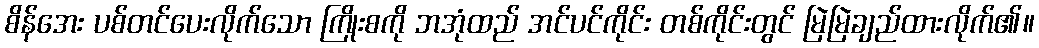
စိန်အေး ပစ်တင်ပေးလိုက်သော ကြိုးစကို ဘအုံထည် အင်ပင်ကိုင်း တစ်ကိုင်းတွင် မြဲမြဲချည်ထားလိုက်၏။